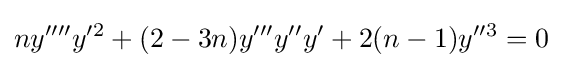
ny^{\prime \prime \prime \prime }y^{\prime 2}+(2-3n)y^{\prime \prime \prime }y^{\prime \prime }y^{\prime }+2(n-1)y^{\prime \prime 3}=0